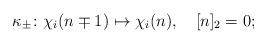
LaTeX: \begin{align*}\kappa_\pm\colon\chi_i(n\mp1)\mapsto\chi_i(n),\quad[n]_2=0;\end{align*}